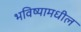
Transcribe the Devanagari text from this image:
भविष्यामधील